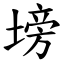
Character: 塝